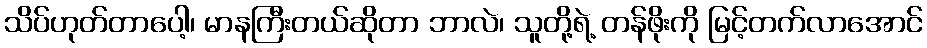
သိပ်ဟုတ်တာပေါ့၊ မာနကြီးတယ်ဆိုတာ ဘာလဲ၊ သူတို့ရဲ့ တန်ဖိုးကို မြင့်တက်လာအောင်